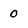
Character: 0